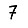
Digit: 7